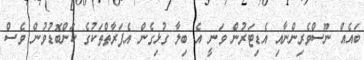
ބައެއް ނޫސްވެރިންނާއި އެޑިޓަރުން ވަނީ އެ ބިލާ ގުޅިގެން އެފަރާތްތަކުގެ ކަންބޮޑުވުން ވެސް